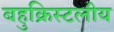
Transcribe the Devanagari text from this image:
बहुक्रिस्टलीय